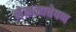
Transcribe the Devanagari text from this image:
लेखनाचेपण